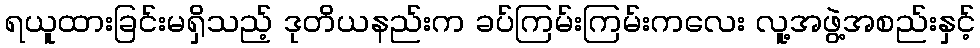
ရယူထားခြင်းမရှိသည့် ဒုတိယနည်းက ခပ်ကြမ်းကြမ်းကလေး လူ့အဖွဲ့အစည်းနှင့်